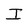
Character: I